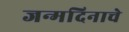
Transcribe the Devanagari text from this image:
जन्मदिनाचे